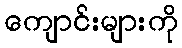
ကျောင်းများကို